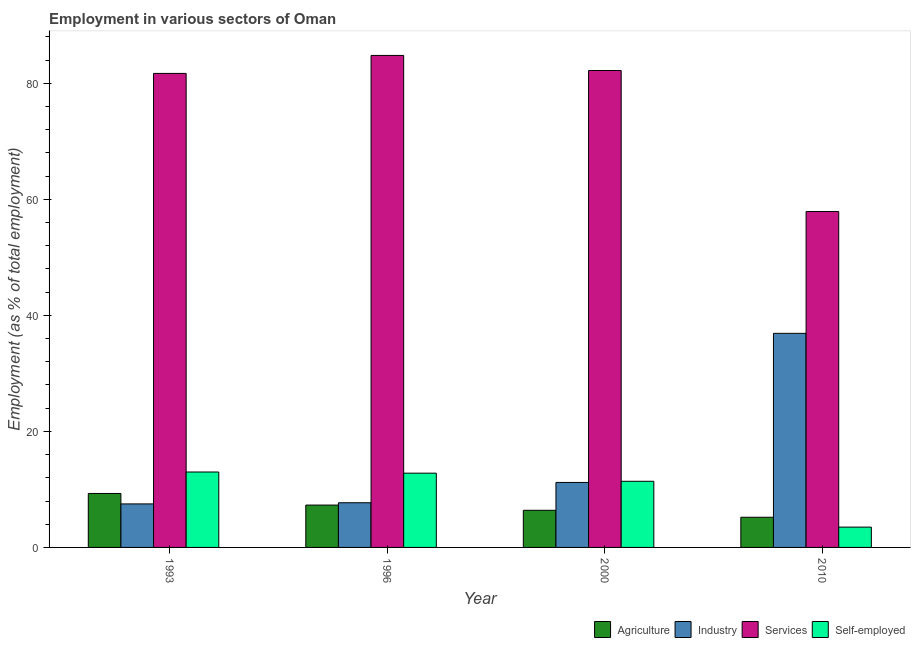
| Year | Agriculture | Industry | Services | Self-employed |
 | --- | --- | --- | --- | --- |
 | 1993 | 9.3 | 7.5 | 81.7 | 13 |
 | 1996 | 7.3 | 7.7 | 84.8 | 12.8 |
 | 2000 | 6.4 | 11.2 | 82.2 | 11.4 |
 | 2010 | 5.2 | 36.9 | 57.9 | 3.5 |